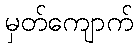
မှတ်ကျောက်